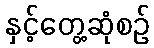
နှင့်တွေ့ဆုံစဉ်